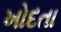
ખોદતા